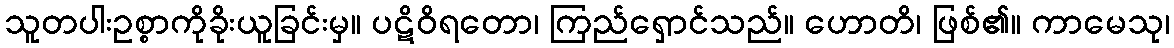
သူတပါးဥစ္စာကိုခိုးယူခြင်းမှ။ ပဋိဝိရတော၊ ကြည်ရှောင်သည်။ ဟောတိ၊ ဖြစ်၏။ ကာမေသု၊